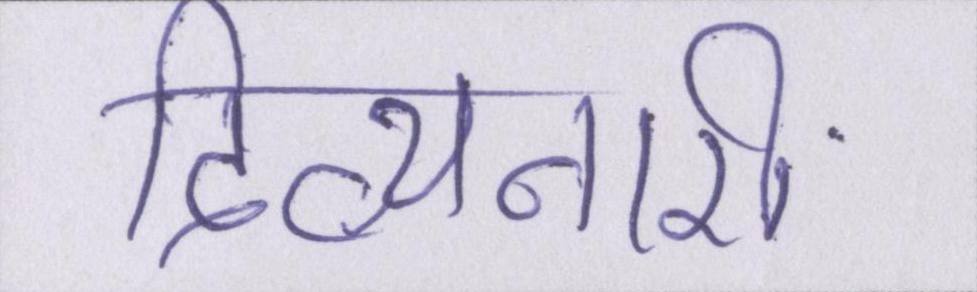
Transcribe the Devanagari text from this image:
दिव्यनारी